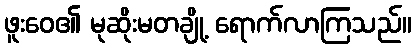
ဖူးဝေ၏ မုဆိုးမတချို့ ရောက်လာကြသည်။